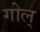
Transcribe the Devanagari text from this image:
गोल्